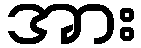
အား